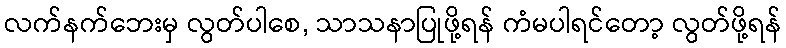
လက်နက်ဘေးမှ လွတ်ပါစေ, သာသနာပြုဖို့ရန် ကံမပါရင်တော့ လွတ်ဖို့ရန်